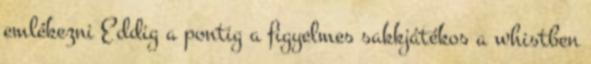
emlékezni Eddig a pontig a figyelmes sakkjátékos a whistben